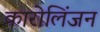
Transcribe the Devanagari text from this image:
कारोलिंजन